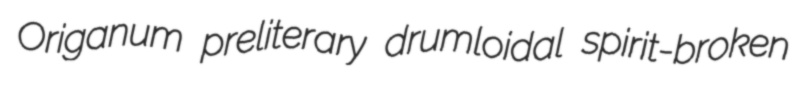
Origanum preliterary drumloidal spirit-broken